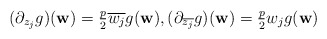
\begin{align*}(\partial_{z_j}g) ({\bf w}) = \tfrac{p}2\overline{w_j}g({\bf w}),(\partial_{\overline{z_j}}g) ({\bf w}) = \tfrac{p}2 {w_j}g({\bf w})\end{align*}